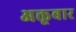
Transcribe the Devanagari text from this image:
अक्तूबार